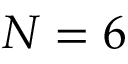
N = 6